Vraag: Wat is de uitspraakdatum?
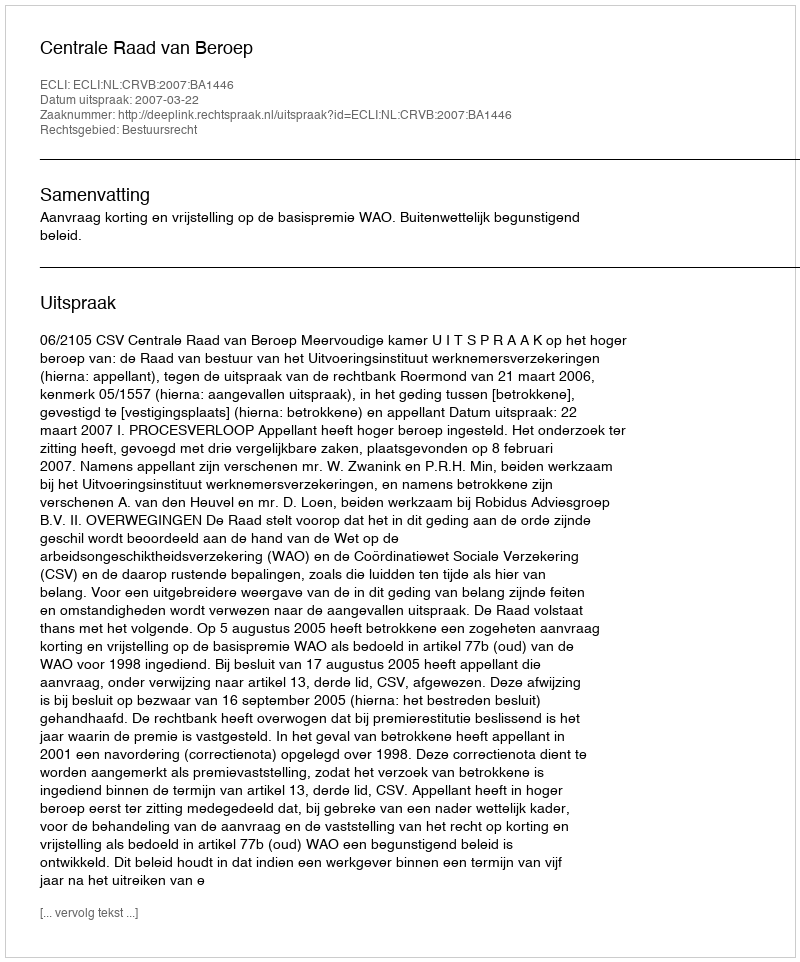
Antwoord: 2007-03-22